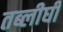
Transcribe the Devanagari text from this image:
तब्लीघी